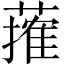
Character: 𦾣